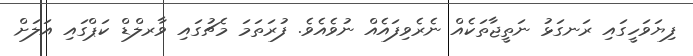
ފިޔަވަހީގައި ރަނގަޅު ނަތީޖާތަކެއް ނެރެވިފައެއް ނުވެއެވެ. ފުރަތަމަ މެޗުގައި ވާރލްޑް ކަޕްގައި އަލަށް